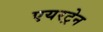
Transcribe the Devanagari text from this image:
एयरट्रेन